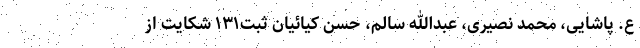
ع. پاشایی، محمد نصیری، عبدالله سالم، حسن کیائیان ثبت١٣١ شکایت از